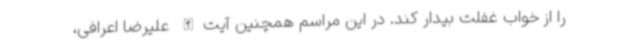
را از خواب غفلت بیدار کند. در این مراسم همچنین آیت‌الله علیرضا اعرافی،